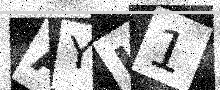
Text: AYL1